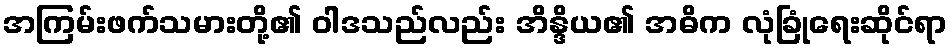
အကြမ်းဖက်သမားတို့၏ ဝါဒသည်လည်း အိန္ဒိယ၏ အဓိက လုံခြုံရေးဆိုင်ရာ